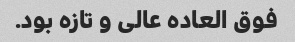
فوق العاده عالی و تازه بود.